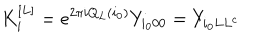
K _ { i } ^ { [ L ] } = e ^ { 2 \pi i Q _ { L } ( i _ { 0 } ) } Y _ { i _ { 0 } 0 0 } = Y _ { i _ { 0 } L L ^ { c } }